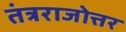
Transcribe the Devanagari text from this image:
तंत्रराजोत्तर